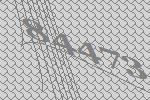
84473